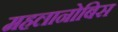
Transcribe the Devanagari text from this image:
महलानोबिस